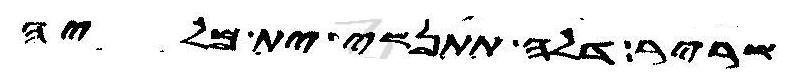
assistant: שריר דלה תתנשי ית מליה